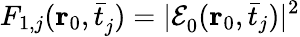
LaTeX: F_{1,j}(\mathbf{r}_{0},\bar{t}_{j}^{})=|\mathcal{E}_{0}^{}(\mathbf{r}_{0},\bar{t}_{j})|^{2}